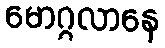
မောဂ္ဂလာနေ